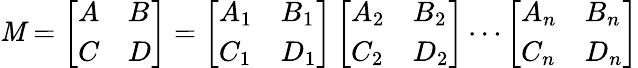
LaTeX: \mathit{M}=\left[\begin{array}{ll}{A}&{B}\\ {C}&{D}\end{array}\right]=\left[\begin{array}{ll}{A_{1}}&{B_{1}}\\ {C_{1}}&{D_{1}}\end{array}\right]\left[\begin{array}{ll}{A_{2}}&{B_{2}}\\ {C_{2}}&{D_{2}}\end{array}\right]\cdots\left[\begin{array}{ll}{A_{n}}&{B_{n}}\\ {C_{n}}&{D_{n}}\end{array}\right]